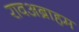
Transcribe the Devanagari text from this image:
रावअब्राहम